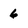
Character: 6